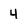
Character: 4